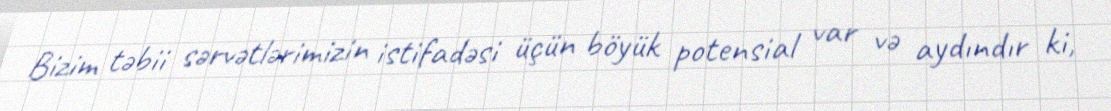
Bizim təbii sərvətlərimizin istifadəsi üçün böyük potensial var və aydındır ki,